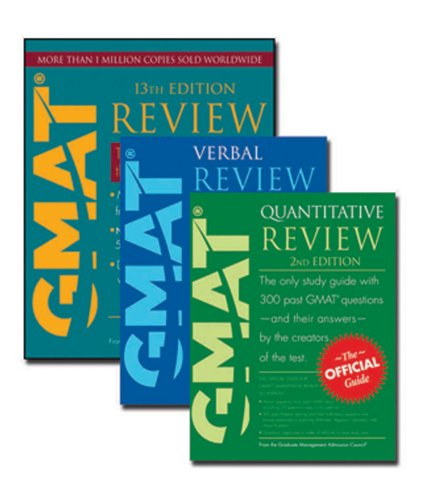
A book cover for GMAT Official Guide 13e Bundle; GMAC (Graduate Management Admission Council); Test Preparation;